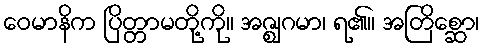
ဝေမာနိက ပြိတ္တာမတို့ကို။ အဇ္ဈဂမာ၊ ရ၏။ အတြိစ္ဆော၊